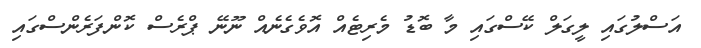
އަސްލުގައި ލީގަލް ކޭސްގައި މާ ބޮޑު މެރިޓެއް އޮވެގެނެއް ނޫނޭ ޕްރެސް ކޮންފަރެންސްގައި